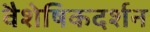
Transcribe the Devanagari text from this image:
वैशेषिकदर्शन